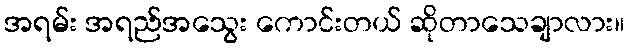
အရမ်း အရည်အသွေး ကောင်းတယ် ဆိုတာသေချာလား။